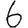
Digit: 6